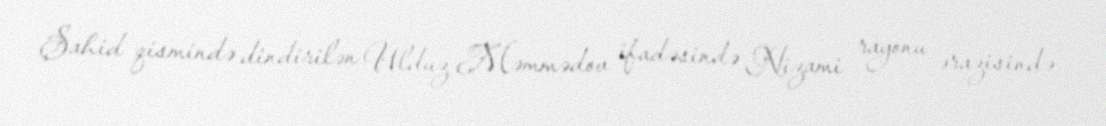
Şahid qismində dindirilən Ulduz Məmmədov ifadəsində Nizami rayonu ərazisində